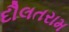
દૌલતરામ